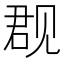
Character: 𰴙